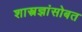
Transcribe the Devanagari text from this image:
शास्त्रज्ञांसोबत